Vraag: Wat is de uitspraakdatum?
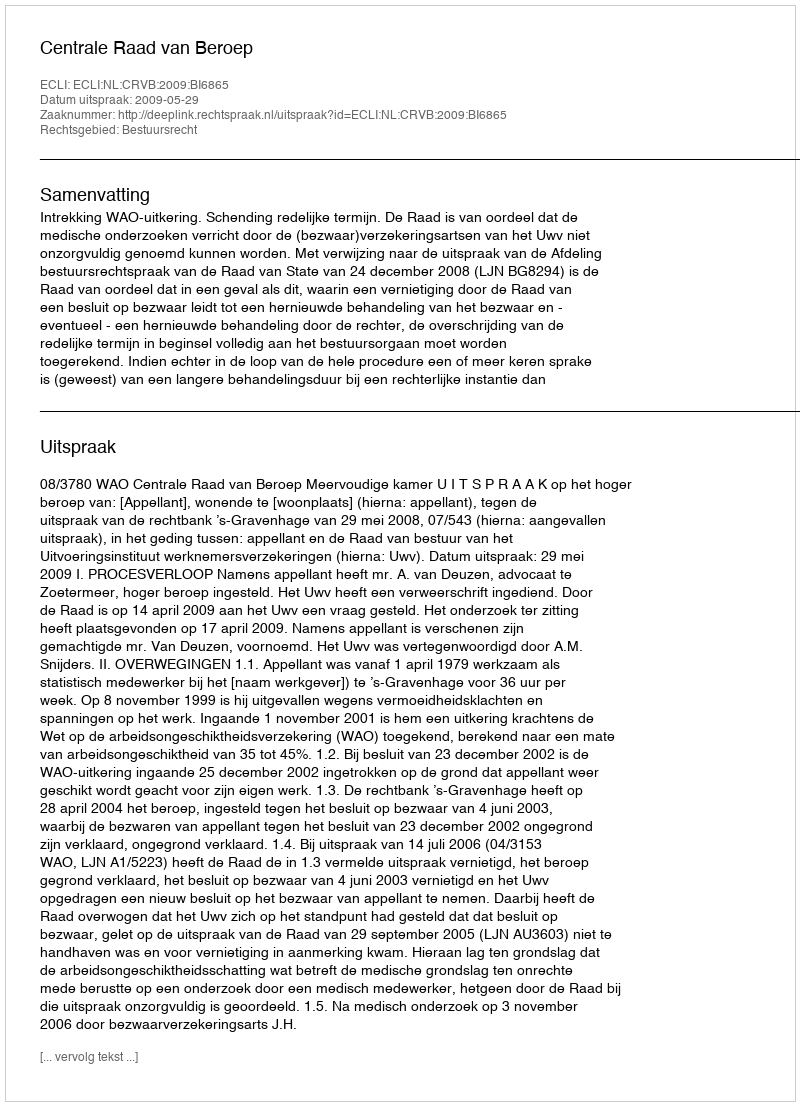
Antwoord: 2009-05-29